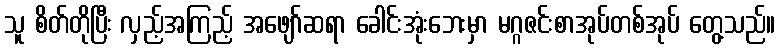
သူ စိတ်တိုပြီး လှည့်အကြည့် အဖျော်ဆရာ ခေါင်းအုံးဘေးမှာ မဂ္ဂဇင်းစာအုပ်တစ်အုပ် တွေ့သည်။